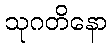
သုဂတိနော